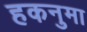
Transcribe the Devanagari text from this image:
हकनुमा